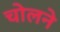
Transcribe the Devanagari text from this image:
चोलने